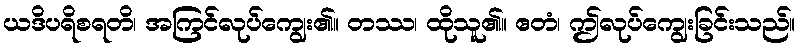
ယဒိပရိစရတိ၊ အကြင်လုပ်ကျွေး၏။ တဿ၊ ထိုသူ၏။ ဧတံ၊ ဤလုပ်ကျွေးခြင်းသည်။